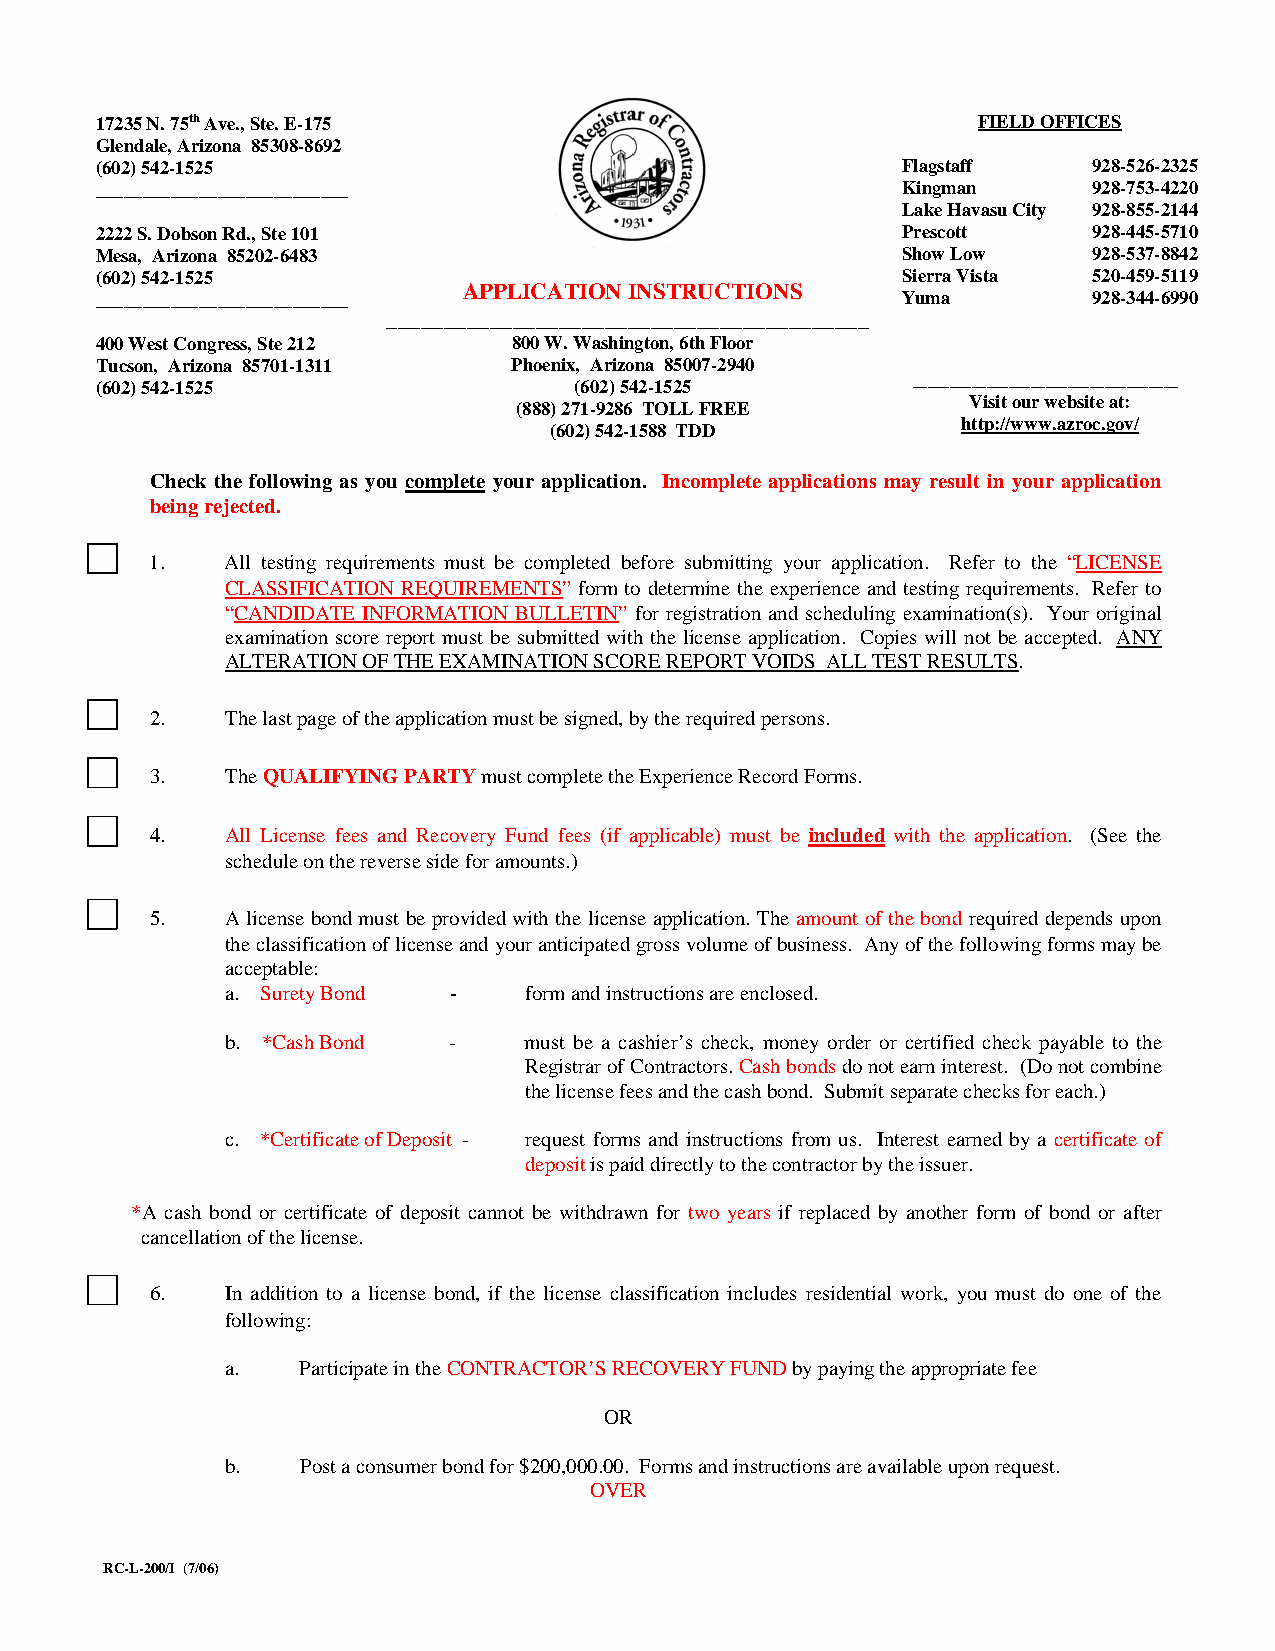
17235 N. 75th Ave., Ste. E-175                             FIELD OFFICES
 Glendale, Arizona 85308-8692
 (602) 542-1525                                        Flagstaff   928-526-2325
 ___________________________                           Kingman     928-753-4220
 Lake Havasu City 928-855-2144
 2222 S. Dobson Rd., Ste 101                           Prescott    928-445-5710
 Mesa, Arizona 85202-6483                              Show Low    928-537-8842
 (602) 542-1525                                        Sierra Vista 520-459-5119
 APPLICATION INSTRUCTIONS
 ___________________________                           Yuma        928-344-6990
 __________________________________________
 400 West Congress, Ste 212  800 W. Washington, 6th Floor
 Tucson, Arizona 85701-1311  Phoenix, Arizona 85007-2940
 (602) 542-1525                  (602) 542-1525        ____________________________________
 Visit our website at:
 (888) 271-9286 TOLL FREE
 http://www.azroc.gov/
 (602) 542-1588 TDD
 Check the following as you complete your application. Incomplete applications may result in your application
 being rejected.
 1.   All testing requirements must be completed before submitting your application. Refer to the “LICENSE
 CLASSIFICATION REQUIREMENTS” form to determine the experience and testing requirements. Refer to
 “CANDIDATE INFORMATION BULLETIN” for registration and scheduling examination(s). Your original
 examination score report must be submitted with the license application. Copies will not be accepted. ANY
 ALTERATION OF THE EXAMINATION SCORE REPORT VOIDS ALL TEST RESULTS.
 2.   The last page of the application must be signed, by the required persons.
 3.   The QUALIFYING PARTY must complete the Experience Record Forms.
 4.   All License fees and Recovery Fund fees (if applicable) must be included with the application. (See the
 schedule on the reverse side for amounts.)
 5.   A license bond must be provided with the license application. The amount of the bond required depends upon
 the classification of license and your anticipated gross volume of business. Any of the following forms may be
 acceptable:
 a. Surety Bond -    form and instructions are enclosed.
 b. *Cash Bond  -    must be a cashier’s check, money order or certified check payable to the
 Registrar of Contractors. Cash bonds do not earn interest. (Do not combine
 the license fees and the cash bond. Submit separate checks for each.)
 c. *Certificate of Deposit - request forms and instructions from us. Interest earned by a certificate of
 deposit is paid directly to the contractor by the issuer.
 *A cash bond or certificate of deposit cannot be withdrawn for two years if replaced by another form of bond or after
 cancellation of the license.
 6.   In addition to a license bond, if the license classification includes residential work, you must do one of the
 following:
 a.   Participate in the CONTRACTOR’S RECOVERY FUND by paying the appropriate fee
 OR
 b.   Post a consumer bond for $200,000.00. Forms and instructions are available upon request.
 OVER
 RC-L-200/I (7/06)